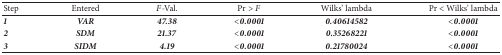
| Step | Entered | F-Val. | Pr⁡>F | Wilks' lambda | Pr < Wilks' lambda |
 | --- | --- | --- | --- | --- | --- |
 | 1 | VAR | 47.38 | <0.0001 | 0.40614582 | <0.0001 |
 | 2 | SDM | 21.37 | <0.0001 | 0.35268221 | <0.0001 |
 | 3 | SIDM | 4.19 | <0.0001 | 0.21780024 | <0.0001 |